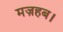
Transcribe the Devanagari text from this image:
मज़हब।